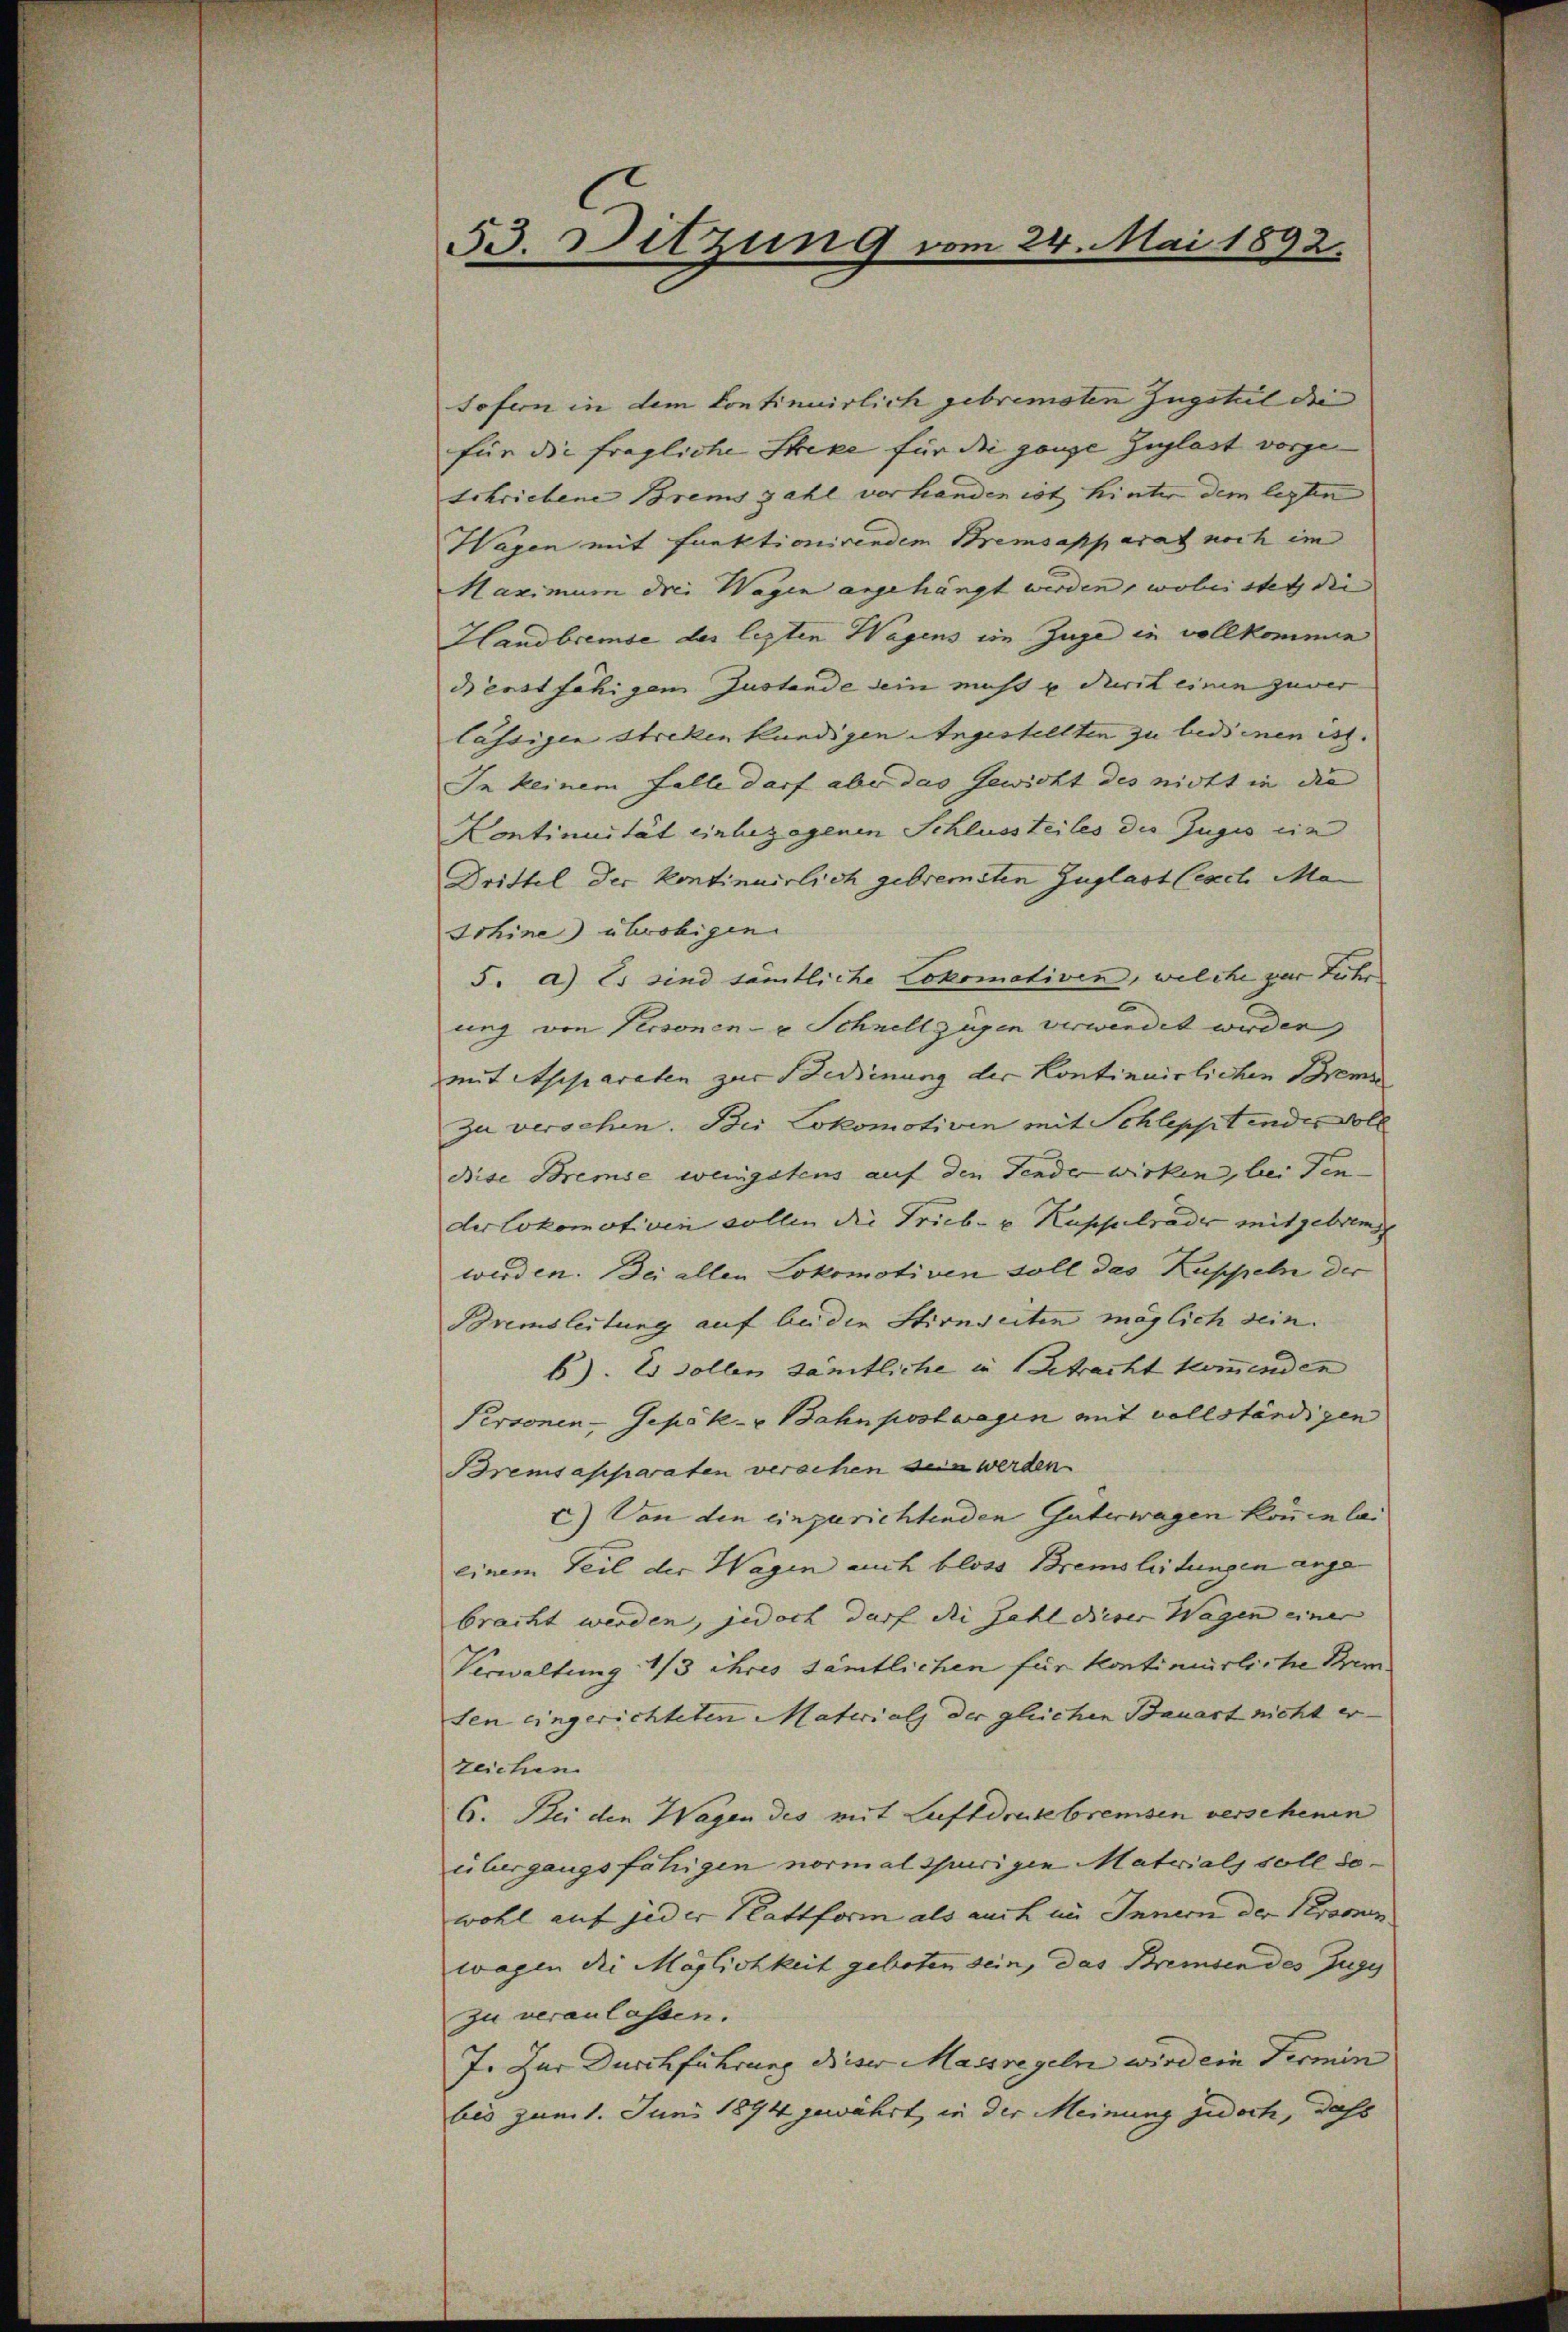
53. Sitzung vom 24. Mai 1892.

sofern in dem Continuirlich gebremsten Zugstel die
für die fragliche Streke für die ganze Zulast vorge
schriebene Brems zahl vorhanden ist hinter dem lezten
Wagen mit funktionirendem Themsapparat noch im
Haximum drei Wagen angehängt werden, wobei stet die
Handbremse des legten Wagens ein Zuge in vollkommen
dienstfähigem Zustande dein nicht u durit einen zuver
lässigen Streken kündigen Angestellten zu bedienen ist.
In keinem Falle darf aber das Gewicht des nicht in die
Continuität einbezogenen Schlussteiles die Juges die
Drittel der kontinuirlich gebremsten Zuglast leich Masohine übrobigen
5. a) Es sind sämtliche Lokomotiven, welche zur Fuhr
ung von Personen- u Schnellzügen verwendet werden,
mit Apparaten zur Bedinung der Kontinuirlichen Breme
zu versehen. Bei Lokomotiven mit Schleppt indes Voll
dise Bremse wenigstens auf den Tender wirken, bei Ten-
derlokomotiven sollen die Triebe u Kupflrader mitgebrem
werden. Bei allen Lokomotiven soll das Kuppel der
Bremsleitung auf bei die Stirnseiten möglich sein.
b). Es sollen sämtliche in Betracht kommenden
Personen-Gepok- u Bahnpostwagen mit vollständigen
Bremsapparaten verschen sein werden
c) Von den einzurichtenden Güterwagen können las
einem Teil der Wagen auch bloss Bremsleitungen ange-
bracht werden, jedoch darf die Zahl dieser Wagen einer
Verwaltung 1/3 ihres sämtlichen für kontimirliche Bem
sen eingerichteten Materials der gleichen Bauart nicht er
zeichen
6. Bei den Wagen des mit Luftdrukebremsen verschenen
übergangsfähigen normalspurigen Materials soll dowohl auf jeder Plattform als auch im Innern der Krassen
wagen die Möglichkeit geboten sein, das Bremsen des Zugy
zu veranlassen.
7. Zur Durchführung dieser Massregeln wird ein Termin
bis zum 1. Juni 1894 gewährt, in der Meinung jedoch, daß